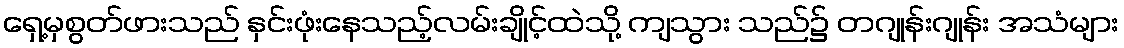
ရှေ့မှစွတ်ဖားသည် နှင်းဖုံးနေသည့်လမ်းချိုင့်ထဲသို့ ကျသွား သည်၌ တဂျုန်းဂျုန်း အသံများ